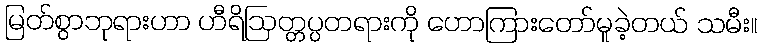
မြတ်စွာဘုရားဟာ ဟီရိဩတ္တပ္ပတရားကို ဟောကြားတော်မူခဲ့တယ် သမီး။